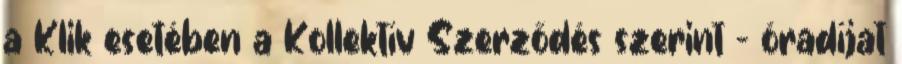
a Klik esetében a Kollektív Szerződés szerint - óradíjat